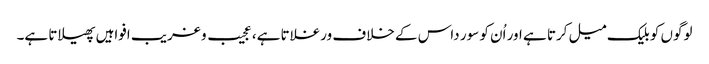
لوگوں کو بلیک میل کرتا ہے اور اُن کو سور داس کے خلاف ورغلاتا ہے، عجیب و غریب افواہیں پھیلاتا ہے۔